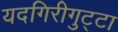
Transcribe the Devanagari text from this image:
यदगिरीगुट्टा